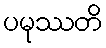
ပမုဿတိ